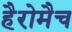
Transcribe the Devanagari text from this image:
हैरोमैच